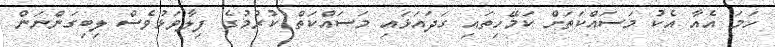
ހަމަ އެއާ އެކު މަސައްކަތަށް ކަމޭހިތައި ގަދައަޅައި މަސައްކަތް ކުރުމުގެ ފިލާވަޅުވެސް ލިބިގަންނަން